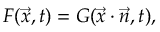
F ( { \vec { x } } , t ) = G ( { \vec { x } } \cdot { \vec { n } } , t ) ,